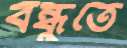
বন্ধুতে